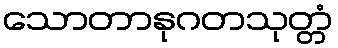
သောတာနုဂတသုတ္တံ